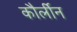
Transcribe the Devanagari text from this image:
कौर्लीन